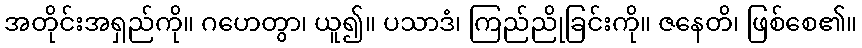
အတိုင်းအရှည်ကို။ ဂဟေတွာ၊ ယူ၍။ ပသာဒံ၊ ကြည်ညိုခြင်းကို။ ဇနေတိ၊ ဖြစ်စေ၏။